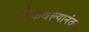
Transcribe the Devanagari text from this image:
टेकवल्यानंतर